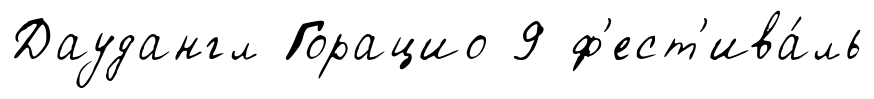
Даудангл Горацио 9 ф'ест'ива́ль